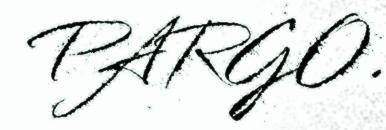
PARGO.